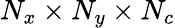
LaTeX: N_{x}\times N_{y}\times N_{c}